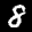
Label: 8